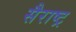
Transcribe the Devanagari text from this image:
सैराष्ट्र